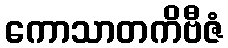
ကောသာတကိဗီဇံ